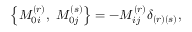
\left\{ M _ { 0 i } ^ { ( r ) } , \ M _ { 0 j } ^ { ( s ) } \right\} = - M _ { i j } ^ { ( r ) } \delta _ { \left( r \right) \left( s \right) } ,